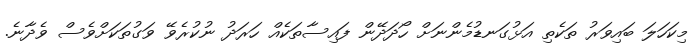
މިކަހަލަ ބައިވަރު ތަކެތި އަޅުގަނޑުމެންނަށް ހޯދަދޭން ފައިސާތަކެއް ހަރަދު ނުކުރެވޭ ވަގުތަކަށްވެސް ވެދާނެ.